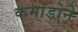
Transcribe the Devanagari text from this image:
कमांडोने